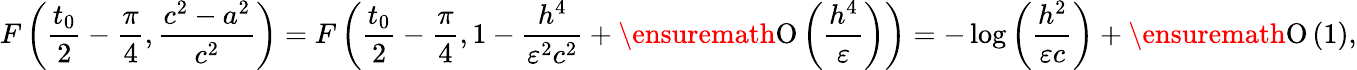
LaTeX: F\left(\frac{t_{0}}{2}-\frac{\pi}{4},\frac{c^{2}-a^{2}}{c^{2}}\right)=F\left(\frac{t_{0}}{2}-\frac{\pi}{4},1-\frac{h^{4}}{\varepsilon^{2}c^{2}}+\ensuremath{\operatorname{O}\left(\frac{h^{4}}{\varepsilon}\right)}\right)=-\log{\left(\frac{h^{2}}{\varepsilon c}\right)}+\ensuremath{\operatorname{O}\left(1\right)},